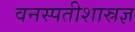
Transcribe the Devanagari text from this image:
वनस्पतीशास्रज्ञ